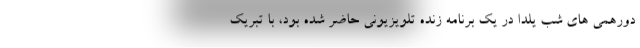
دورهمی های شب یلدا در یک برنامه زنده تلویزیونی حاضر شده بود، با تبریک